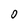
Character: O